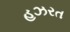
હઝરત